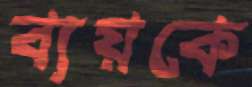
ব্যয়কে